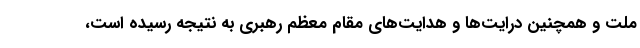
ملت و همچنین درایت‌ها و هدایت‌های مقام معظم رهبری به نتیجه رسیده است،